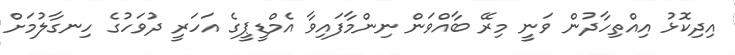
އިދިކޮޅު އިއްތިހާދުން ވަނީ މިރޭ ބާއްވަން ނިންމާފައިވާ އެމްޑީޕީގެ އަހަރީ ދުވަހުގެ ހިނގާލުމަށް